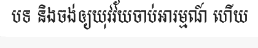
បទ និងចង់ឲ្យយុវវ័យចាប់អារម្មណ៍ ហើយ